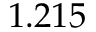
1 . 2 1 5